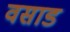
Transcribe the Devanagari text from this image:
वसाड